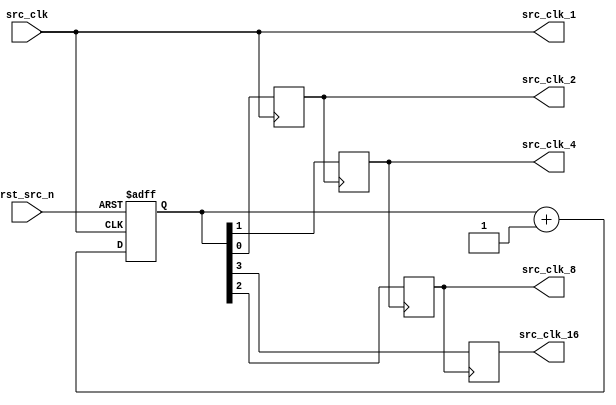
`timescale 1ns/1ps

module tele_crg (
	input			src_clk			,
	input			rst_src_n		,
	output			src_clk_1		,
	output	reg		src_clk_2		,
	output	reg		src_clk_4		,
	output	reg		src_clk_8		,
	output	reg		src_clk_16		 
);

reg [ 4-1: 0] cnt_src_clk;
always @ (posedge src_clk or negedge rst_src_n) begin
	if (~rst_src_n) begin
		cnt_src_clk <= {4{1'b0}};
	end else begin
		cnt_src_clk <= cnt_src_clk + 1'b1;
	end
end

assign t_src_clk_16 = cnt_src_clk[3];
assign t_src_clk_8 = cnt_src_clk[2];
assign t_src_clk_4 = cnt_src_clk[1];
assign t_src_clk_2 = cnt_src_clk[0];

assign src_clk_1 = src_clk;

always @ (posedge src_clk) begin
	src_clk_2 <= t_src_clk_2;
end
always @ (posedge src_clk_2) begin
	src_clk_4 <= t_src_clk_4;
end
always @ (posedge src_clk_4) begin
	src_clk_8 <= t_src_clk_8;
end
always @ (posedge src_clk_8) begin
	src_clk_16 <= t_src_clk_16;
end


endmodule